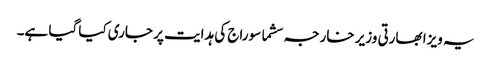
یہ ویزا بھارتی وزیر خارجہ سشما سوراج کی ہدایت پر جاری کیا گیا ہے۔